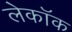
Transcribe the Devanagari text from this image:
लेकॉक